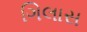
ગિલાસ